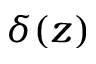
\delta ( z )